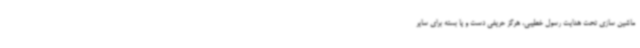
ماشین سازی تحت هدایت رسول خطیبی، هرگز حریفی دست و پا بسته برای سایر